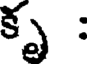
కృ :